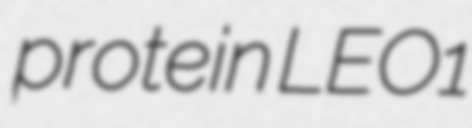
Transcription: protein LEO1